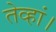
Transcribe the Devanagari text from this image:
तेव्हां।